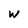
Character: w